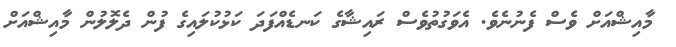
މާއިޝްއަށް ވެސް ފެނުނެވެ. އެވަގުތުވެސް ރައިޝާގެ ކަނޑެއްފަދަ ކަޅުކުލައިގެ ފުން ދެލޮލުން މާއިޝްއަށް